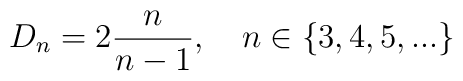
D_n = 2 \frac{n}{n-1}, \quad n \in \{ 3,4,5,... \}